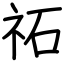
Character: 祏